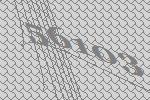
56103